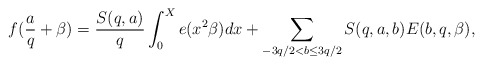
\begin{align*}f(\frac{a}{q}+\beta)=\frac{S(q,a)}{q}\int_0^Xe(x^2\beta)dx+\sum_{-3q/2<b\le 3q/2}S(q,a,b)E(b,q,\beta),\end{align*}